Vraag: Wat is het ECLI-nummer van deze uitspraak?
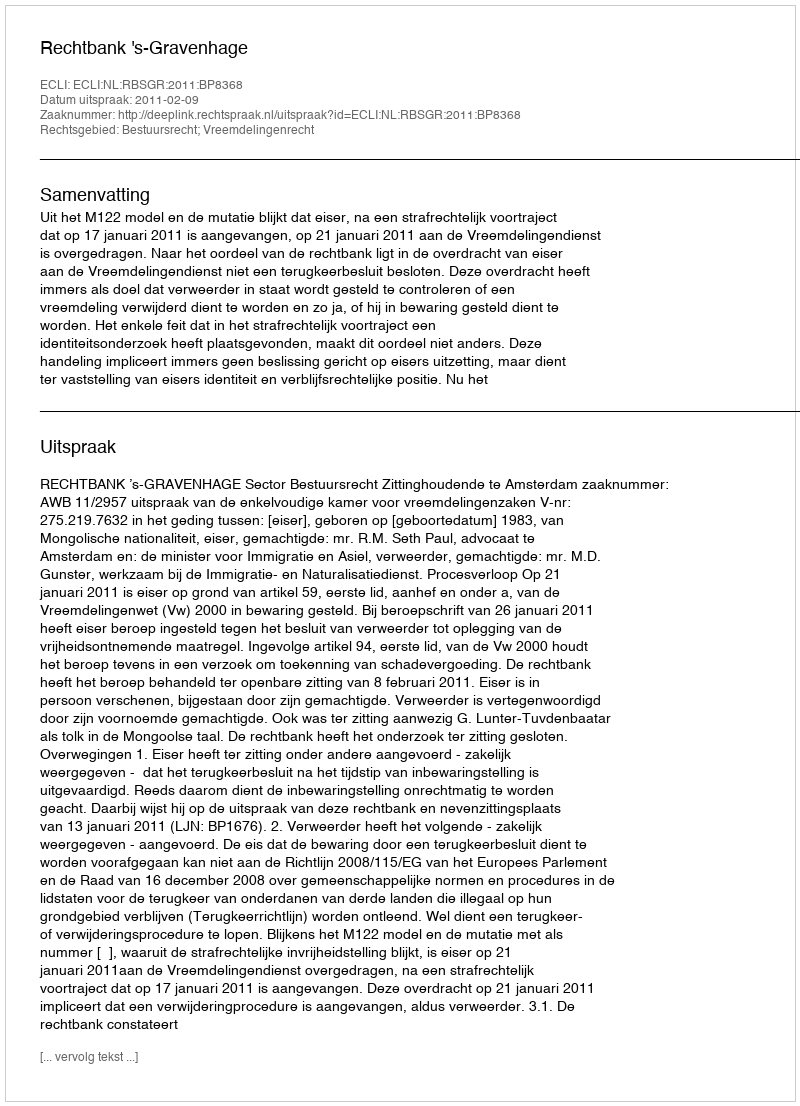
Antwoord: ECLI:NL:RBSGR:2011:BP8368